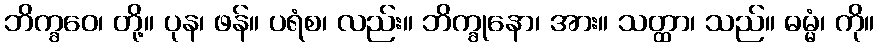
ဘိက္ခဝေ၊ တို့။ ပုန၊ ဖန်။ ပရံစ၊ လည်း။ ဘိက္ခုနော၊ အား။ သတ္ထာ၊ သည်။ ဓမ္မံ၊ ကို။